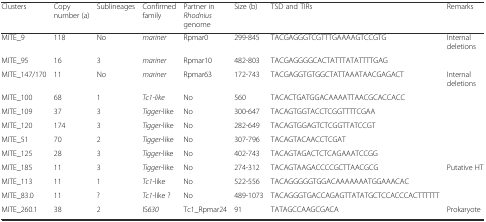
<table><thead><tr><td><b>Clusters</b></td><td><b>Copy number (a)</b></td><td><b>Sublineages</b></td><td><b>Confirmed family</b></td><td><b>Partner in <i>Rhodnius</i> genome</b></td><td><b>Size (b)</b></td><td><b>TSD and TIRs</b></td><td><b>Remarks</b></td></tr></thead><tbody><tr><td>MITE_9</td><td>118</td><td>No</td><td><i>mariner</i></td><td>Rpmar0</td><td>299-845</td><td>TACGAGGGTCGTTTGAAAAGTCCGTG</td><td>Internal deletions</td></tr><tr><td>MITE_95</td><td>16</td><td>3</td><td><i>mariner</i></td><td>Rpmar10</td><td>482-803</td><td>TACGAGGGGCACTATTTATATTTTGAG</td><td></td></tr><tr><td>MITE_147/170</td><td>11</td><td>No</td><td><i>mariner</i></td><td>Rpmar63</td><td>172-743</td><td>TACGAGGTGTGGCTATTAAATAACGAGACT</td><td>Internal deletions</td></tr><tr><td>MITE_100</td><td>68</td><td>1</td><td><i>Tc1-like</i></td><td>No</td><td>560</td><td>TACACTGATGGACAAAATTAACGCACCACC</td><td></td></tr><tr><td>MITE_109</td><td>37</td><td>3</td><td><i>Tigger</i>-like</td><td>No</td><td>300-647</td><td>TACAGTGGTACCTCGGTTTTCGAA</td><td></td></tr><tr><td>MITE_120</td><td>174</td><td>3</td><td><i>Tigger</i>-like</td><td>No</td><td>282-649</td><td>TACAGTGGAGTCTCGGTTATCCGT</td><td></td></tr><tr><td>MITE_51</td><td>70</td><td>2</td><td><i>Tigger</i>-like</td><td>No</td><td>307-796</td><td>TACAGTACAACCTCGAT</td><td></td></tr><tr><td>MITE_125</td><td>28</td><td>3</td><td><i>Tigger-</i>like</td><td>No</td><td>402-743</td><td>TACAGTAGACTCTCAGAAATCCGG</td><td></td></tr><tr><td>MITE_185</td><td>11</td><td>3</td><td><i>Tigger</i>-like</td><td>No</td><td>274-312</td><td>TACAGTAAGACCCCGCTTAACGCG</td><td>Putative HT</td></tr><tr><td>MITE_113</td><td>11</td><td>1</td><td><i>Tc1</i>-like</td><td>No</td><td>522-556</td><td>TACAGGGGGTGGACAAAAAAATGGAAACAC</td><td></td></tr><tr><td>MITE_83.0</td><td>11</td><td>?</td><td><i>Tc1</i>-like ?</td><td>No</td><td>489-1073</td><td>TACAGGGTGACCAGAGTTATATGCTCCACCCACTTTTTT</td><td></td></tr><tr><td>MITE_260.1</td><td>38</td><td>2</td><td>IS<i>630</i></td><td>Tc1_Rpmar24</td><td>91</td><td>TATAGCCAAGCGACA</td><td>Prokaryote</td></tr></tbody></table>